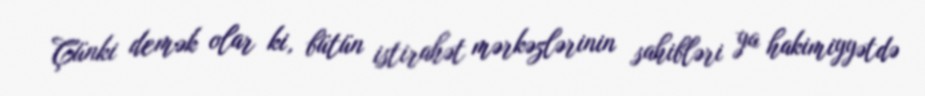
Çünki demək olar ki, bütün istirahət mərkəzlərinin sahibləri ya hakimiyyətdə